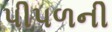
પીપળની